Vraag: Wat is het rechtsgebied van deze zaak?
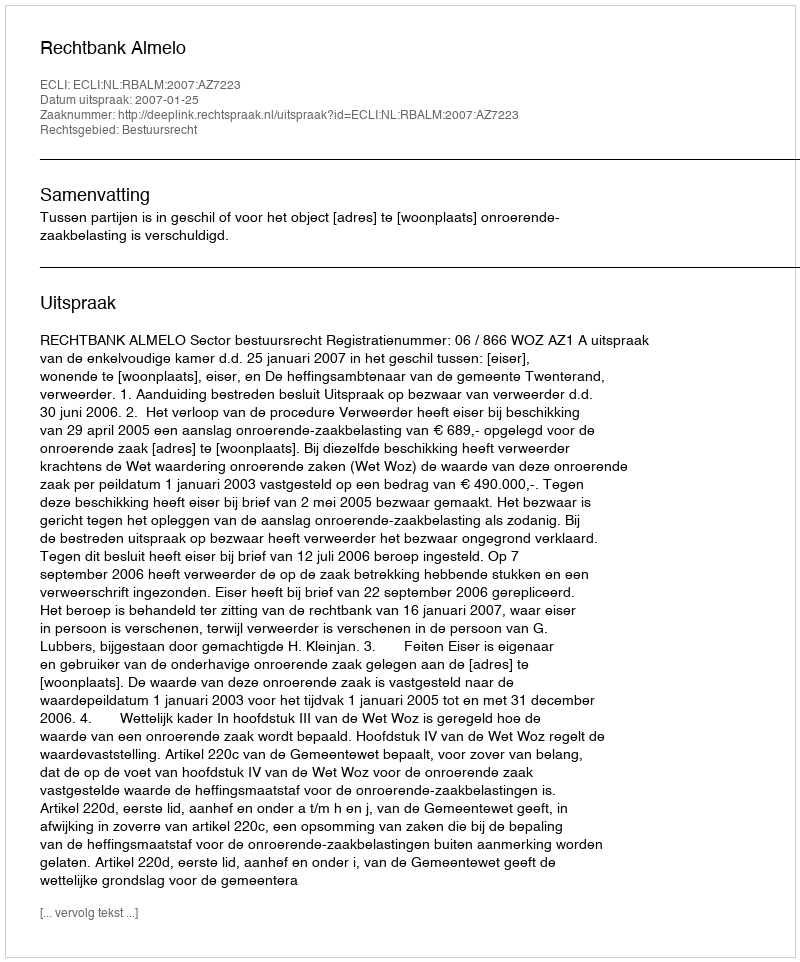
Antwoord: Bestuursrecht